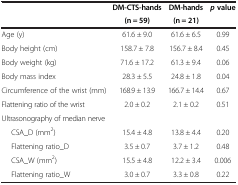
<table><thead><tr><td><b> </b></td><td><b>DM-CTS-hands</b></td><td><b>DM-hands</b></td><td><b><i>p </i>value</b></td></tr><tr><td><b> </b></td><td><b>(n = 59)</b></td><td><b>(n = 21)</b></td><td><b> </b></td></tr></thead><tbody><tr><td>Age (y)</td><td>61.6 ± 9.0</td><td>61.6 ± 6.5</td><td>0.99</td></tr><tr><td>Body height (cm)</td><td>158.7 ± 7.8</td><td>156.7 ± 8.4</td><td>0.45</td></tr><tr><td>Body weight (kg)</td><td>71.6 ± 17.2</td><td>61.3 ± 9.4</td><td>0.06</td></tr><tr><td>Body mass index</td><td>28.3 ± 5.5</td><td>24.8 ± 1.8</td><td>0.04</td></tr><tr><td>Circumference of the wrist (mm)</td><td>168.9 ± 13.9</td><td>166.7 ± 14.4</td><td>0.67</td></tr><tr><td>Flattening ratio of the wrist</td><td>2.0 ± 0.2</td><td>2.1 ± 0.2</td><td>0.51</td></tr><tr><td>Ultrasonography of median nerve</td><td> </td><td> </td><td> </td></tr><tr><td>CSA_D (mm<sup>2</sup>)</td><td>15.4 ± 4.8</td><td>13.8 ± 4.4</td><td>0.20</td></tr><tr><td>Flattening ratio_D</td><td>3.5 ± 0.7</td><td>3.7 ± 1.2</td><td>0.48</td></tr><tr><td>CSA_W (mm<sup>2</sup>)</td><td>15.5 ± 4.8</td><td>12.2 ± 3.4</td><td>0.006</td></tr><tr><td>Flattening ratio_W</td><td>3.0 ± 0.7</td><td>3.3 ± 0.8</td><td>0.22</td></tr></tbody></table>